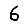
Digit: 6